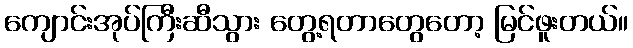
ကျောင်းအုပ်ကြီးဆီသွား တွေ့ရတာတွေတော့ မြင်ဖူးတယ်။